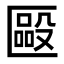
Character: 𠥝